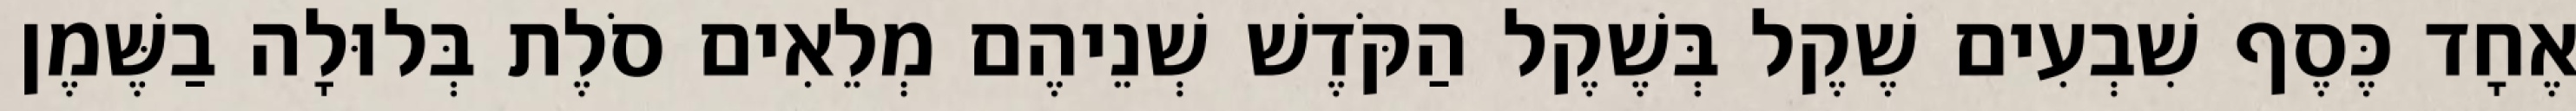
אֶחָד כֶּסֶף שִׁבְעִים שֶׁקֶל בְּשֶׁקֶל הַקֹּדֶשׁ שְׁנֵיהֶם מְלֵאִים סֹלֶת בְּלוּלָה בַשֶּׁמֶן